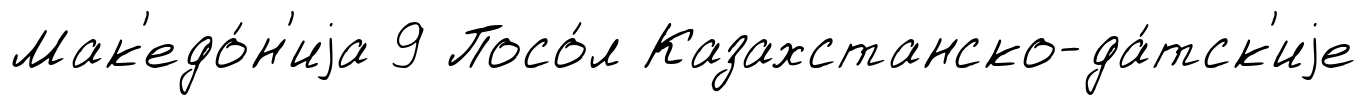
Мак'едо́н'иjа 9 Посо́л Казахстанско-да́тск'иjе